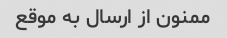
ممنون از ارسال به موقع